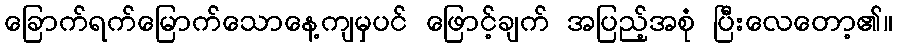
ခြောက်ရက်မြောက်သောနေ့ကျမှပင် ဖြောင့်ချက် အပြည့်အစုံ ပြီးလေတော့၏။